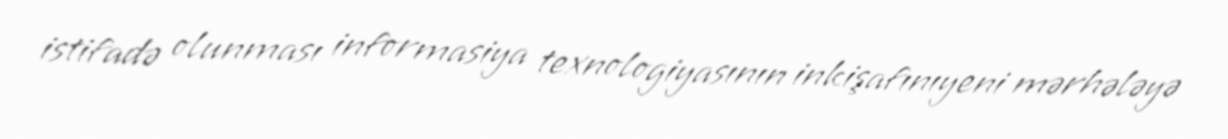
istifadə olunması informasiya texnologiyasının inkişafınıyeni mərhələyə